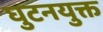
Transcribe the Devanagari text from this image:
घुटनयुक्त